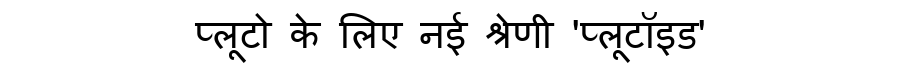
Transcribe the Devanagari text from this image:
प्लूटो के लिए नई श्रेणी 'प्लूटॉइड'